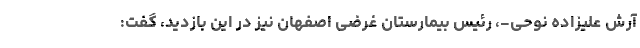
آرش علیزاده نوحی-، رئیس بیمارستان غرضی اصفهان نیز در این بازدید، گفت: